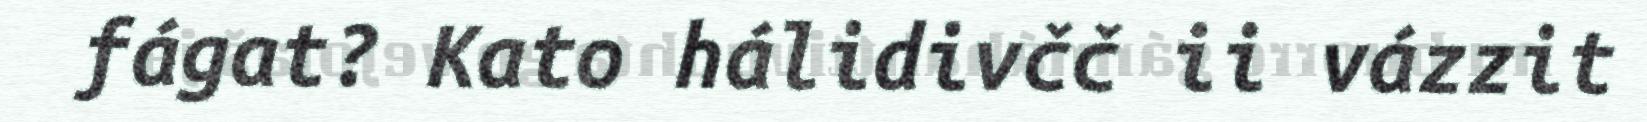
fágat? Kato hálidivčč ii vázzit